Scottish Leaving Certificate Examination, 1952
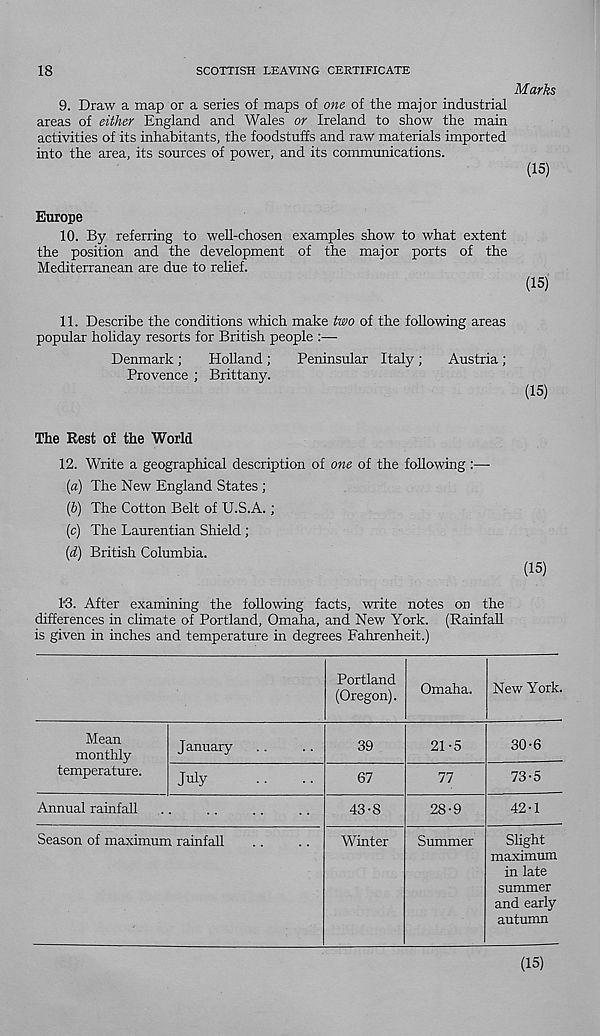
18
SCOTTISH LEAVING CERTIFICATE
Marks
9.
Draw a map or a series of maps of one of the major ind
areas of either England and Wales or Ireland to show the main
activities of its inhabitants, the foodstuffs and raw materials imported
into the area, its sources of power, and its communications.
(15)
Europe
10.
By referring to well-chosen examples show to wha
the position and the development of the major ports of the
Mediterranean are due to rehef.
(15)
11.
Describe the conditions which make two of the follow
popular holiday resorts for British people :—
Denmark ;
Holland ;
Peninsular Italy ;
Austria ;
Provence ; Brittany.
(15)
The Rest o! the World
12.
Write a geographical description of one of the followi
(«) The New England States ;
(6) The Cotton Belt of U.S.A.;
(c) The Laurentian Shield ;
{d) British Columbia.
(15)
KS. After examining the following facts, write notes on the
differences in climate of Portland, Omaha, and New York. (Rainfall
is given in inches and temperature in degrees Fahrenheit.)
Portland
(Oregon).
Omaha. New York.
39
67
21-5
30-6
77
73-5
43-8
28-9
42-1
Winter
Summer
Slight
maximum
in late
summer
and early
autumn
Mean
monthly
temperature.
January
July
Annual rainfall
Season of maximum rainfall
(15)